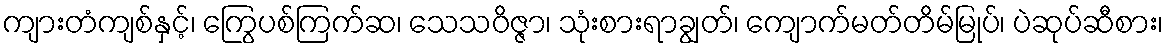
ကျားတံကျစ်နှင့်၊ ကြွေပစ်ကြက်ဆ၊ သေသဝိဇ္ဇာ၊ သုံးစားရာချွတ်၊ ကျောက်မတ်တိမ်မြုပ်၊ ပဲဆုပ်ဆီစား၊